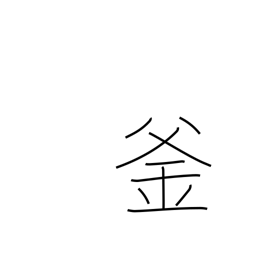
Meaning: cauldron